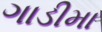
ગાડીમા